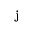
{ \bf j }